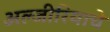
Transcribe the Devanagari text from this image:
अल्जीरियाचे